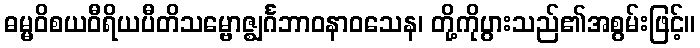
ဓမ္မဝိစယဝီရိယပီတိသမ္ဗောဇ္ဈင်္ဂဘာဝနာဝသေန၊ တို့ကိုပွားသည်၏အစွမ်းဖြင့်။